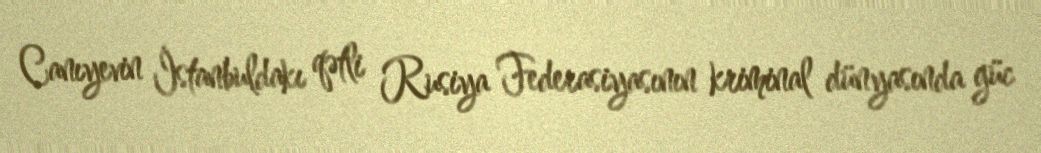
Canıyevin İstanbuldakı qətli Rusiya Federasiyasının kriminal dünyasında güc